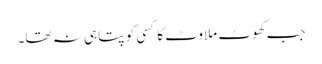
جب کھوٹ ملاوٹ کا کسی کو پتا ہی نہ تھا۔